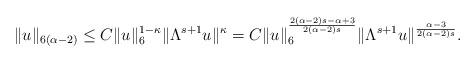
LaTeX: \begin{align*} \|u\|_{6(\alpha-2)}\le C\|u\|_6^{1-\kappa} \|\Lambda^{s+1}u\|^\kappa = C\|u\|_6^{\frac{2(\alpha-2)s-\alpha+3}{2(\alpha-2)s}} \|\Lambda^{s+1}u\|^\frac{\alpha-3}{2(\alpha-2)s}.\end{align*}